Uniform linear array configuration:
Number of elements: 32
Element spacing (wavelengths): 1
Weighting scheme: exponential
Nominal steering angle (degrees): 60
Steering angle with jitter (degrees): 60.656
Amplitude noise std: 0.05
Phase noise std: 0.05

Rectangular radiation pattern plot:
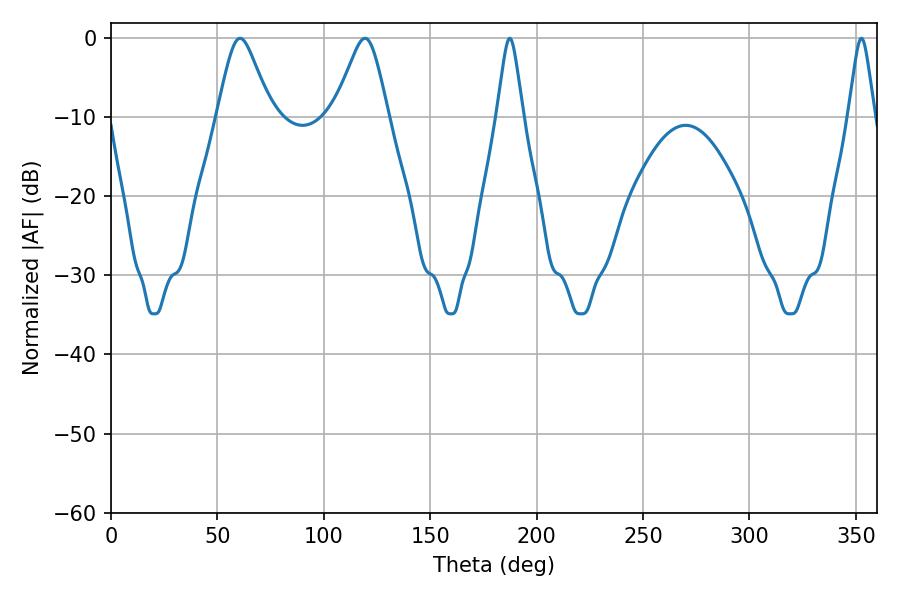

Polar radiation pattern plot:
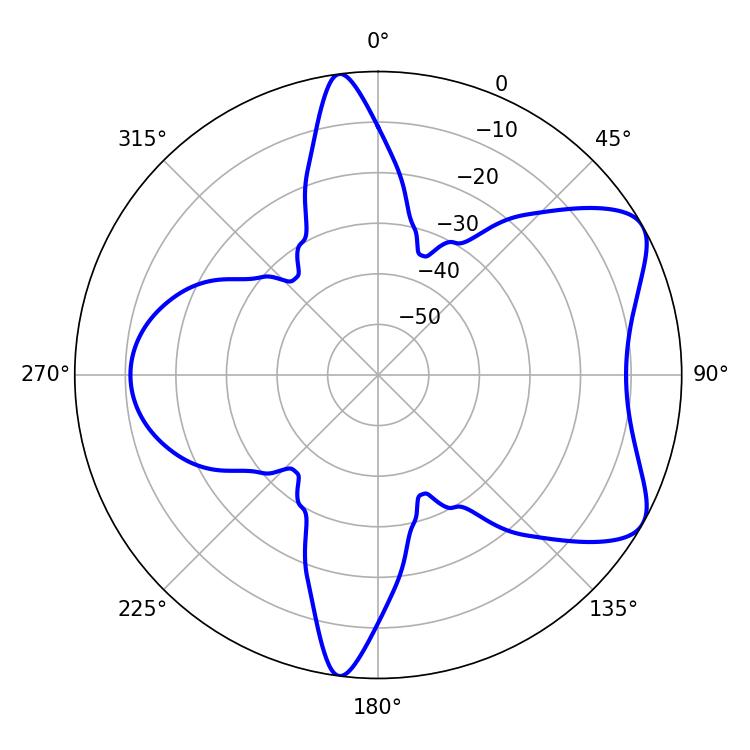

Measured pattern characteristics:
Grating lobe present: TRUE
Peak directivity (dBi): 6.915
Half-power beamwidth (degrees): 5.76
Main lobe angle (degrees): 187.38